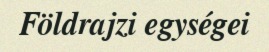
Földrajzi egységei